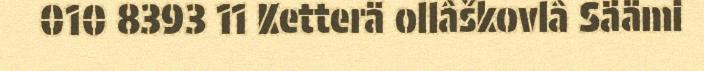
010 8393 11 Ketterä ollâškovlâ Säämi